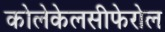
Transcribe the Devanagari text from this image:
कोलेकेलसीफेरोल